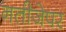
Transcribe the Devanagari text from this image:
नतीजेपर